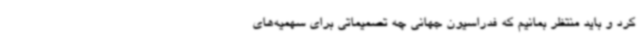
کرد و باید منتظر بمانیم که فدراسیون جهانی چه تصمیماتی برای سهمیه‌های